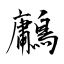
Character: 鷛